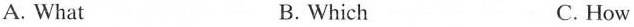
A. What B. Which C. How